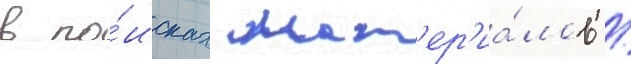
в по́исках мат'ер'иа́лов /